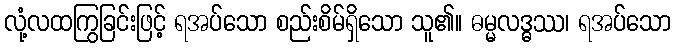
လုံ့လထကြွခြင်းဖြင့် ရအပ်သော စည်းစိမ်ရှိသော သူ၏။ ဓမ္မလဒ္ဓဿ၊ ရအပ်သော